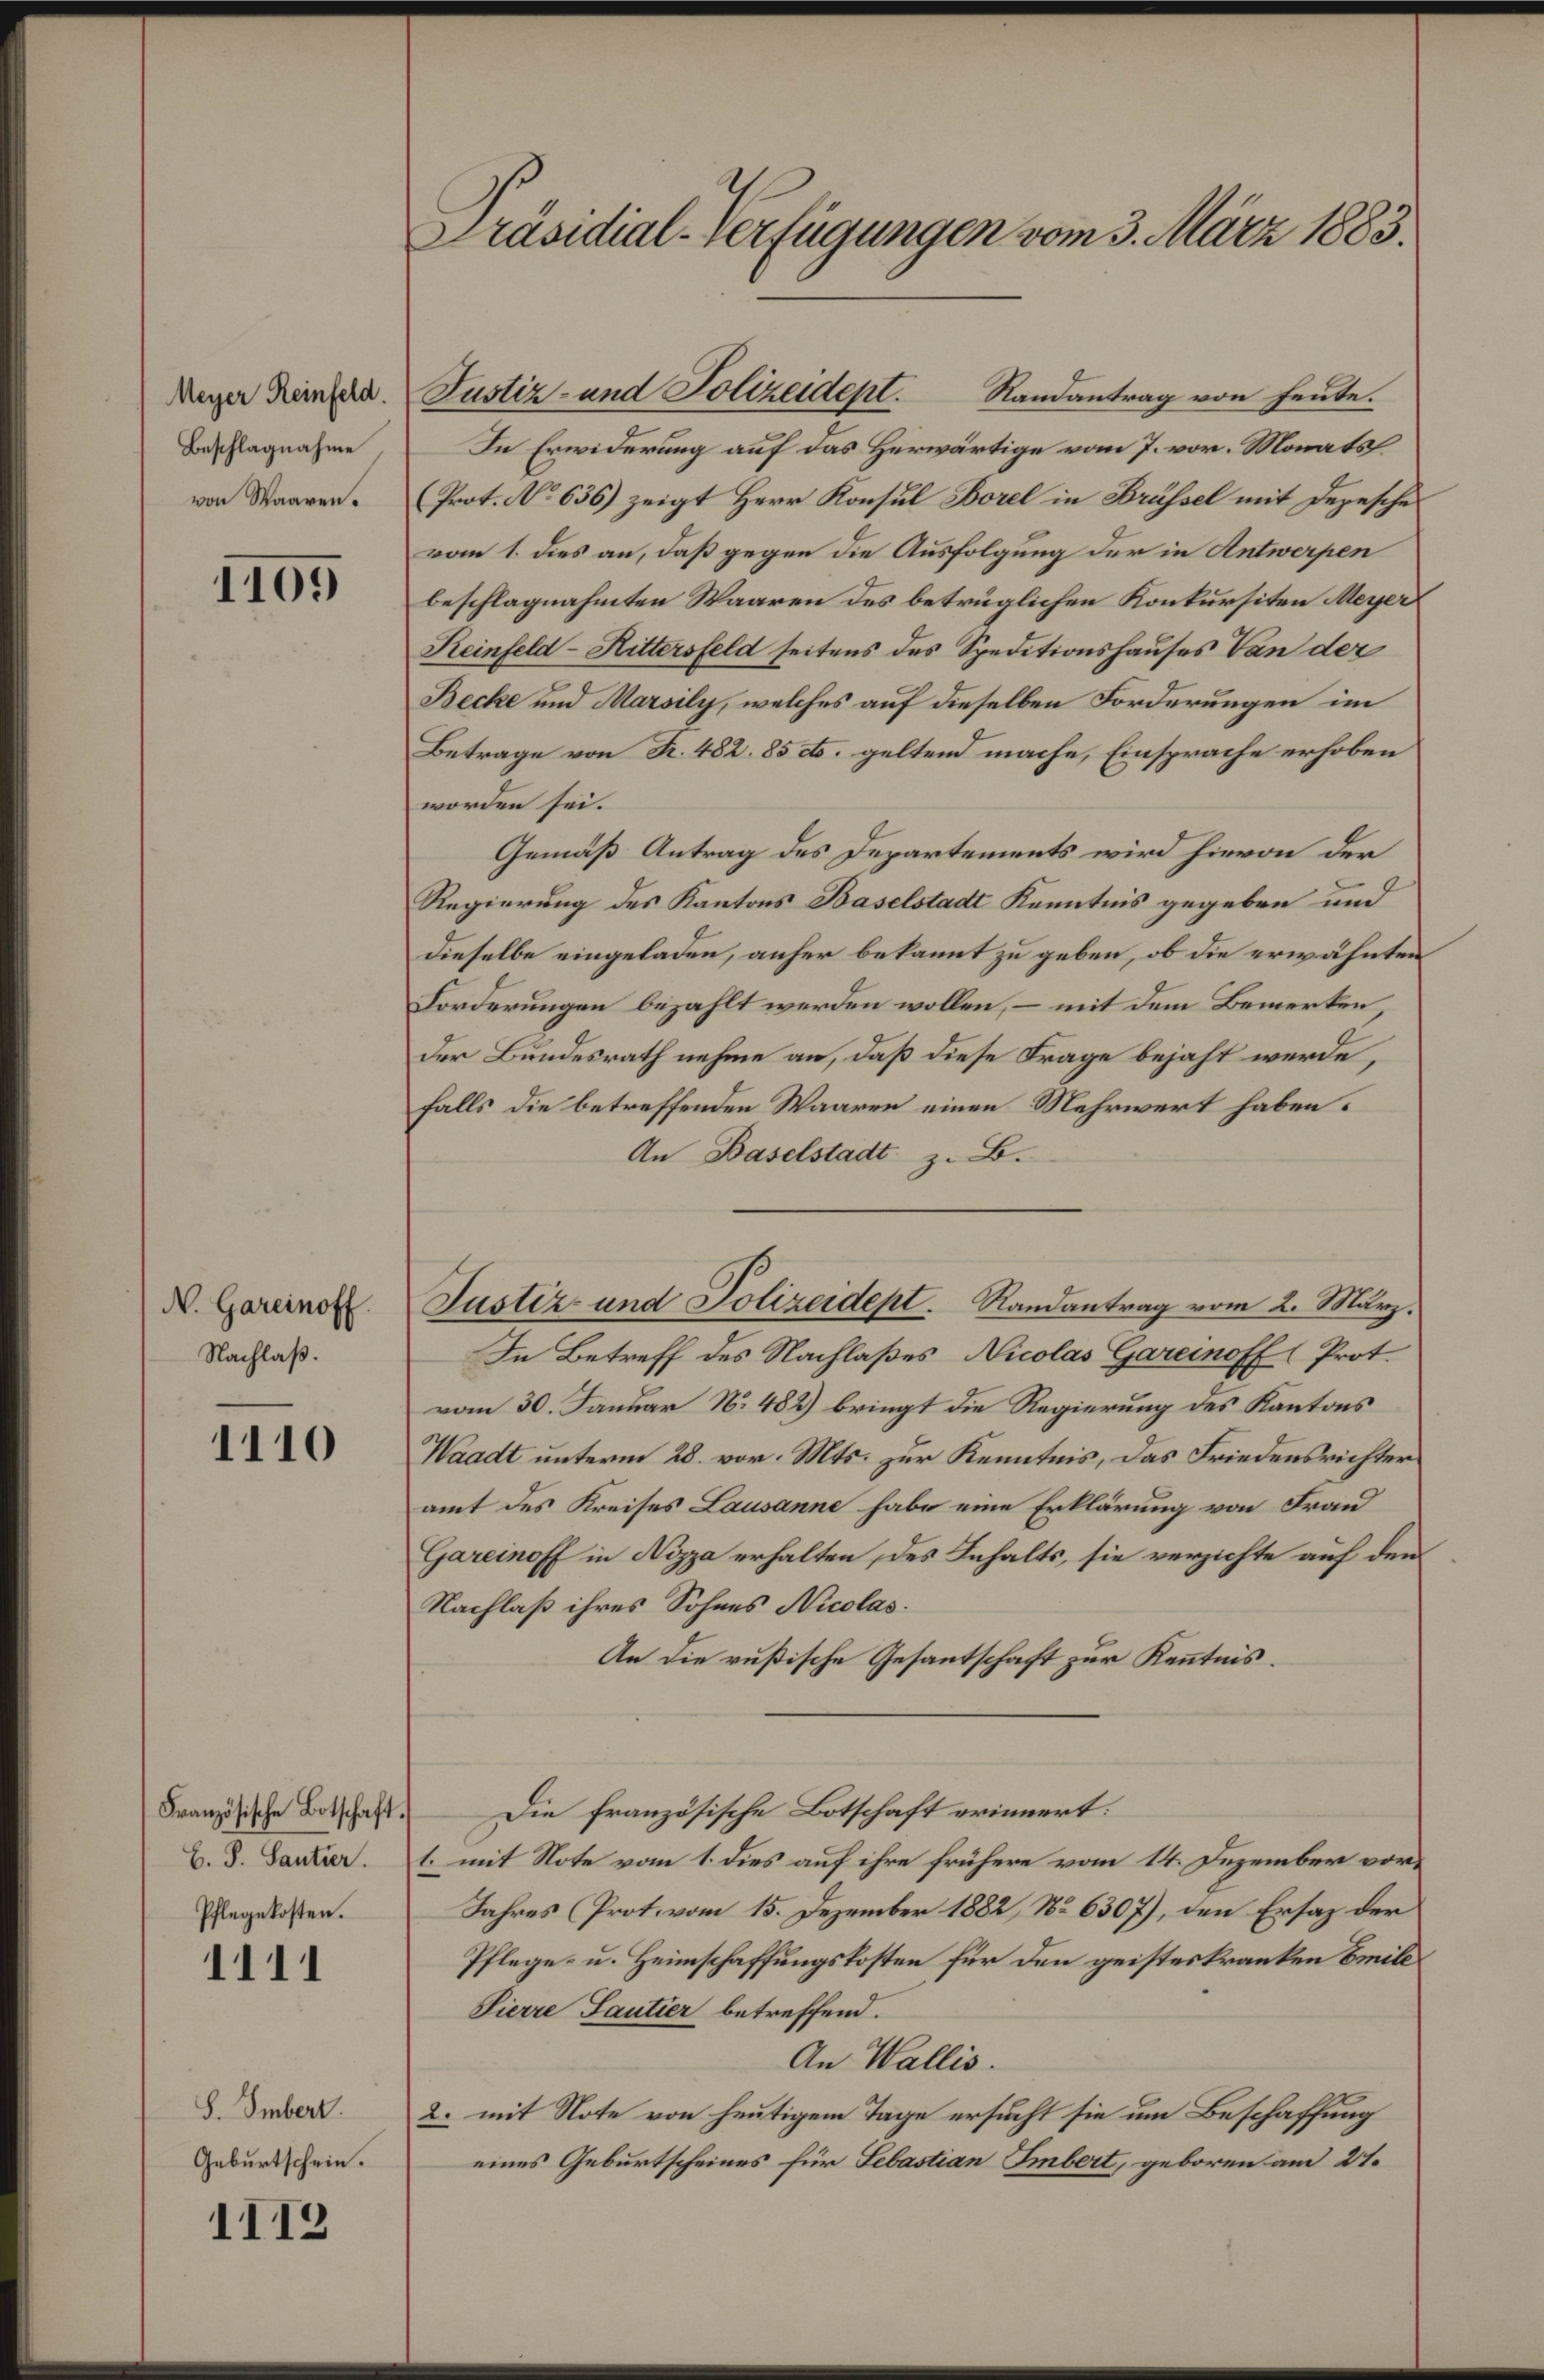
Meyer Reinfeld.
Beschlagnahme
von Waaren.

1109

N. Gareinoff
Nachlaß.

1110

Französische Botschaft.
C. S. Santier.
Pflegekosten.

1111

1113

S. Smbert.
Geburtschein.

Präsidial-Verfügungen vom 3. März 1883.

Randantrag von heute.
In Erwiderung auf das Herwärtige vom 7. vor. Monats
(Prot. No 636) zeigt Herr Konsul Borel in Brüssel mit Depesches
vom 1. dies an, daß gegen die Ausfolgung der in Antwerpen
beschlagnahmten Waaren des betrüglichen Konkursiten Meyer
Reinfeld - Rittersfeld seitens des Speditionshauses Van der
Becke und Marsily, welches auf dieselben Forderungen im
Betrage von Fr. 482. 85 dto. geltend mache, Einsprache erhoben
worden sei.
Gemäß Antrag des Departements wird hievon der
Regierung des Kantons Baselstadt Kenntnis gegeben und
dieselbe eingeladen, anher bekannt zu geben, ob die erwähnten
Forderungen bezahlt werden wollen, – mit dem Bemerken,
Der Bundesrath nehme an, daß diese Frage bejaht werde,
falls die betreffenden Waaren einen Mehrwert haben.
An Baselstadt z. B.
In Betreff des Nachlaßes Nicolas Gareinoff (Prot.
vom 30. Januar N. 482) bringt die Regierung des Kantons
Waadt unterm 28. vor. Mts. zur Kenntnis, das Friedensrichter
amt des Kreises Lausanne habe eine Erklärung von Fran
Gareinoff in Nizza erhalten, des Inhalts, sie verzichte auf den
Nachlaß ihres Sohnes Nicolas.
An die rußische Gesantschaft zur Kenntnis.
Die französische Botschaft erinnert:
1. mit Note vom 1. dies auf ihre frühere vom 14. Dezember vor¬
Jahres (Prot. vom 15. Dezember 1882, No 6307), den Ersatz der
Pflege- u. Heimschaffungskosten für den geisteskranken Emili¬
Sierre Sautier betreffend.
An Wallis.
2. mit Note von heutigem Tage ersucht sie um Beschaffung
eines Geburtscheines für Sebastian Imbert, geboren am 21.

Justiz- und Polizeidept.

Justiz- und Polizeidept. Randantrag vom 2. März.